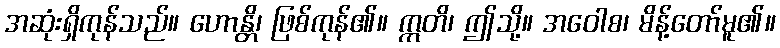
အဆုံးရှိကုန်သည်။ ဟောန္တိ၊ ဖြစ်ကုန်၏။ ဣတိ၊ ဤသို့။ အဝေါစ၊ မိန့်တော်မူ၏။